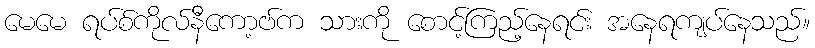
မေမေ ရပ်စ်ကိုလ်နီကော့ဗ်က သားကို စောင့်ကြည့်နေရင်း အနေရကျပ်နေသည်။